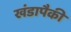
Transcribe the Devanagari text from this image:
खंडापैकी